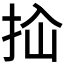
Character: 𰓓